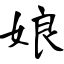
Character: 娘